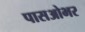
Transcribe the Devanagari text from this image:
पासओभर